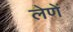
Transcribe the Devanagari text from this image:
लेणें